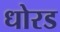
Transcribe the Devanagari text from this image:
धोरड